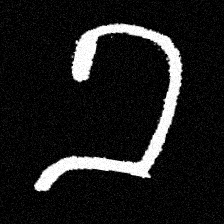
Pyu character \u2014 Myanmar letter: ခ (romanized: kha)